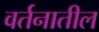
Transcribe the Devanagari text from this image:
वर्तनातील